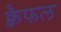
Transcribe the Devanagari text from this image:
क्वैफल